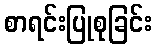
စာရင်းပြုစုခြင်း